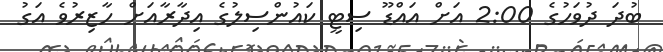
ބުދަ ދުވަހުގެ 2:00 އަށް އައްޑޫ ސިޓީ ކައުންސިލުގެ އިދާރާއަށް ހާޒިރުވެ އަގު